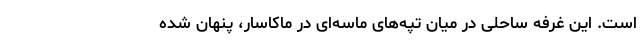
است. این غرفه ساحلی در میان تپه‌های ماسه‌ای در ماکاسار، پنهان شده